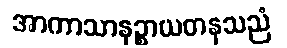
အာကာသာနဉ္စာယတနသညံ